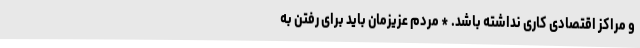
و مراکز اقتصادی کاری نداشته باشد. * مردم عزیزمان باید برای رفتن به